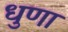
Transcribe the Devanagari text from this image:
धुणा